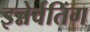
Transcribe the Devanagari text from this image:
इन्नेर्वतिंग